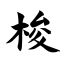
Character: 梭